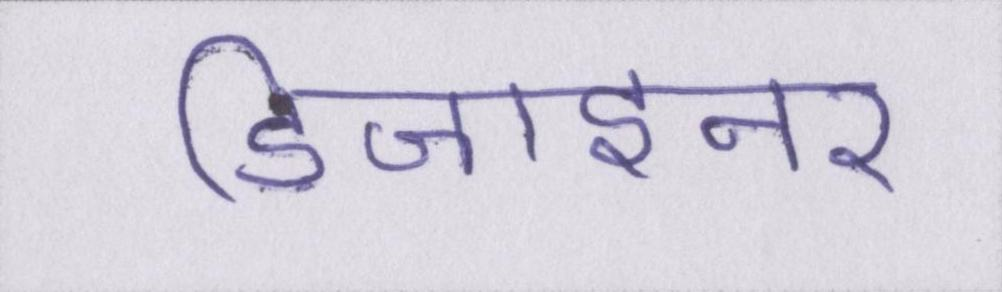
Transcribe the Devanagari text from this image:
डिजाइनर